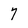
Character: 7